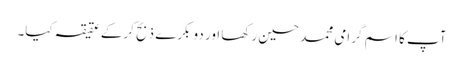
آپ کا اسم گرامی محمد حسین رکھا اور دو بکرے ذبح کرکے عقیقہ کیا۔